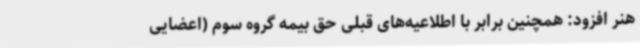
هنر افزود: همچنین برابر با اطلاعیه‌های قبلی حق بیمه گروه سوم (اعضایی